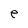
Character: e